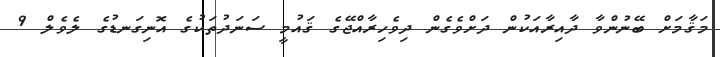
މަޤާމަށް ބޭނުންވާ ދާއިރާއަކުން ދަށްވެގެން ދިވެހިރާއްޖޭގެ ޤައުމީ ސަނަދުތަކުގެ އޮނިގަނޑުގެ ލެވެލް 9